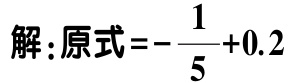
解：原式\(=-\frac{1}{5}+0.2\)